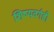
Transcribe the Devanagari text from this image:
शिष्यवर्गही